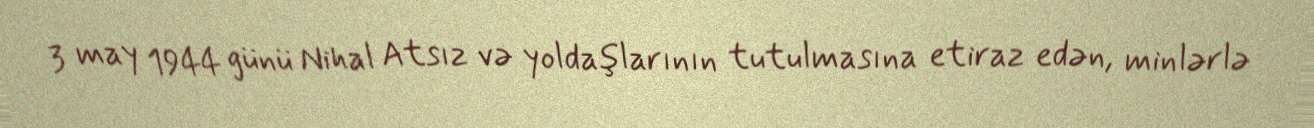
3 may 1944 günü Nihal Atsız və yoldaşlarının tutulmasına etiraz edən, minlərlə